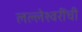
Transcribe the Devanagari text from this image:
लल्लेश्वरींची